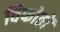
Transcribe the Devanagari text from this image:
विफोतों